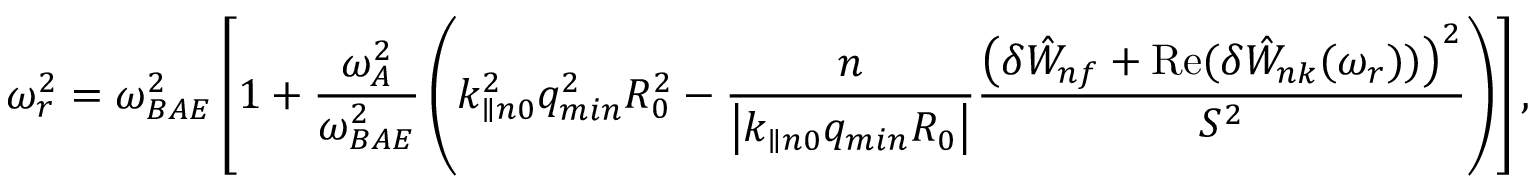
\omega _ { r } ^ { 2 } = \omega _ { B A E } ^ { 2 } \left[ 1 + \frac { \omega _ { A } ^ { 2 } } { \omega _ { B A E } ^ { 2 } } \left( k _ { \parallel n 0 } ^ { 2 } q _ { m i n } ^ { 2 } R _ { 0 } ^ { 2 } - \frac { n } { \left| k _ { \parallel n 0 } q _ { m i n } R _ { 0 } \right| } \frac { \left( \delta { \hat { W } } _ { n f } + \mathrm { R e } ( \delta { \hat { W } } _ { n k } ( \omega _ { r } ) ) \right) ^ { 2 } } { S ^ { 2 } } \right) \right] ,